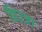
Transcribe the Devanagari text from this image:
फ़िज़्ज़ा